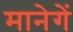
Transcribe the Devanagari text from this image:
मानेगें